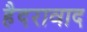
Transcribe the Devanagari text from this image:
हैदरावाद